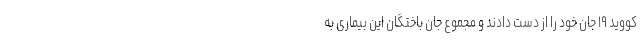
کووید ۱۹ جان خود را از دست دادند و مجموع جان باختگان این بیماری به